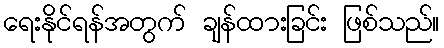
ရေးနိုင်ရန်အတွက် ချန်ထားခြင်း ဖြစ်သည်။